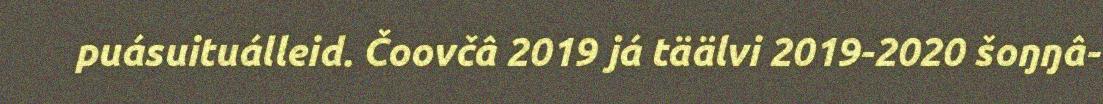
puásuituálleid. Čoovčâ 2019 já täälvi 2019-2020 šoŋŋâ-